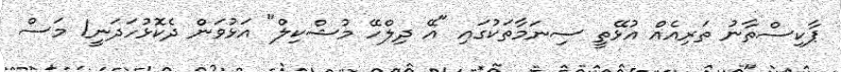
ޕާކިސްތާނު ތަރިއެއް އުޅޭތީ ސިނަމާތަކުގައި "އޭ ދިލްހޭ މުޝްކިލް" އަޅުވަން ދެކޮޅުހަދަނީ1 މަސް